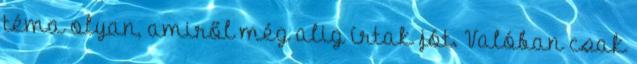
téma olyan, amiről még alig írtak jót. Valóban csak